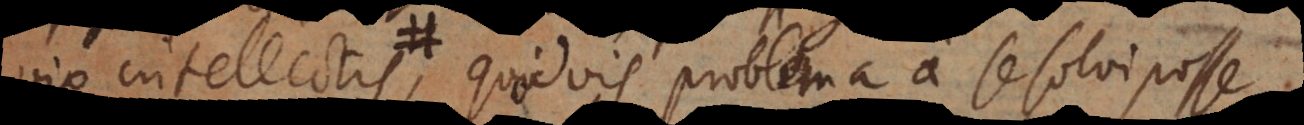
intellectis, quodvis problema a se solvi posse